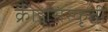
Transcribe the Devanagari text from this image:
क्रीडासंस्कृती